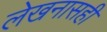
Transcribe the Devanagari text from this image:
लेखनासही